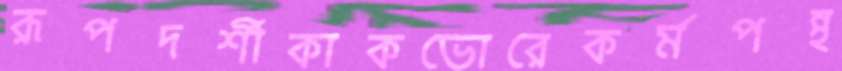
রূপদর্শীকাকভোরেকর্মপন্থ